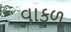
વાકળ